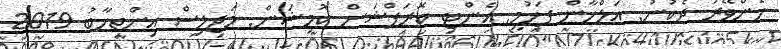
ހެންވޭރު ދެކުނު